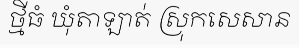
ថ្មីធំ ឃុំតាឡាត់ ស្រុកសេសាន